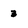
Character: 3